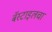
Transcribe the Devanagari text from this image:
बॅस्टाइलचा